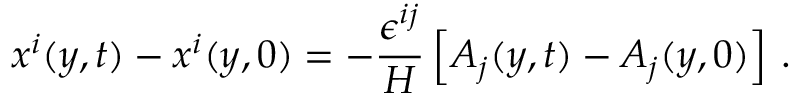
x ^ { i } ( y , t ) - x ^ { i } ( y , 0 ) = - \frac { \epsilon ^ { i j } } { H } \left[ A _ { j } ( y , t ) - A _ { j } ( y , 0 ) \right] \, .